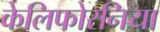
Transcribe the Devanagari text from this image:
केलिफोरनिया